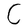
Character: C